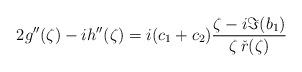
LaTeX: \begin{align*}2g''(\zeta) - i h''(\zeta) = i (c_1+c_2) \frac{\zeta - i \Im(b_1)}{\zeta \, \check{r}(\zeta)} \end{align*}